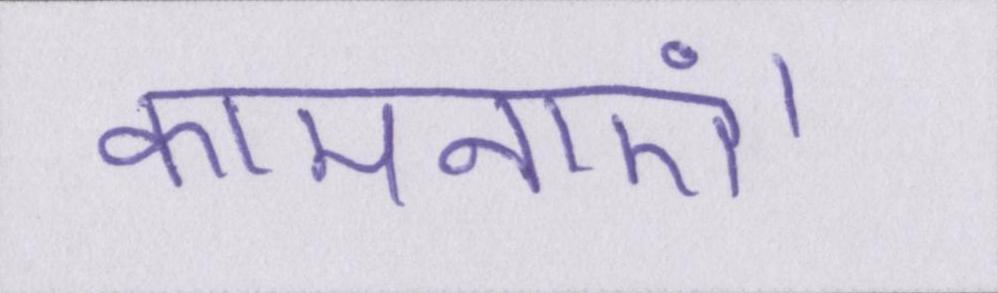
कामनाएं।